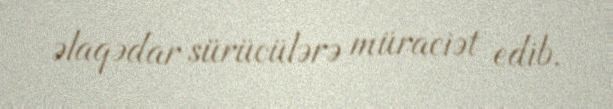
əlaqədar sürücülərə müraciət edib.